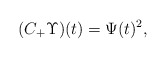
\begin{align*} ( C_{+} \Upsilon)(t) =\Psi(t)^2,~~~~~~~~~~~~~~~~~~~~~~\end{align*}